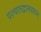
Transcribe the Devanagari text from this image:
पश्चातद्वात्स्यायन